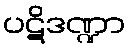
ပဋိဒဏ္ဍာ